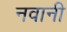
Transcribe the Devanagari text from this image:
नवानी